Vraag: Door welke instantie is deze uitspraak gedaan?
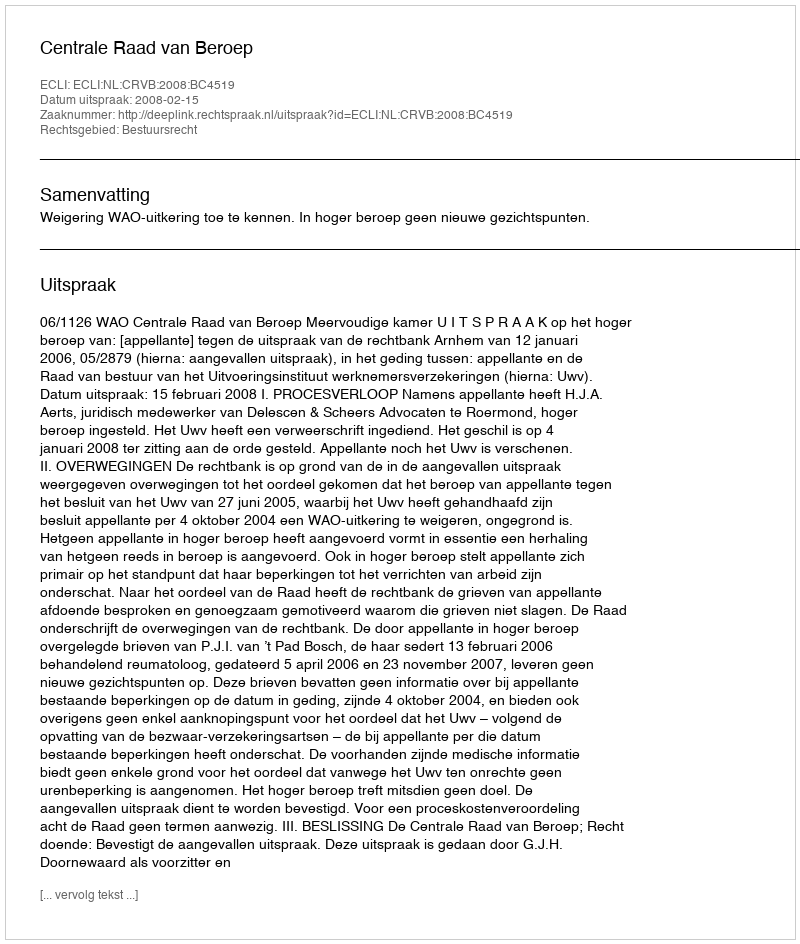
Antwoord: Centrale Raad van Beroep